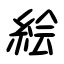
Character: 絵